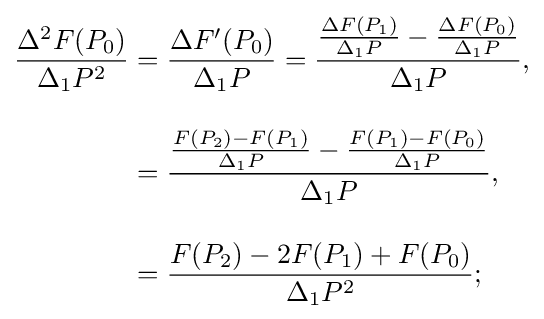
{\begin{aligned}{\frac {\Delta ^{2}F(P_{0})}{\Delta _{1}P^{2}}}&={\frac {\Delta F'(P_{0})}{\Delta _{1}P}}={\frac {{\frac {\Delta F(P_{1})}{\Delta _{1}P}}-{\frac {\Delta F(P_{0})}{\Delta _{1}P}}}{\Delta _{1}P}},\\[10pt]&={\frac {{\frac {F(P_{2})-F(P_{1})}{\Delta _{1}P}}-{\frac {F(P_{1})-F(P_{0})}{\Delta _{1}P}}}{\Delta _{1}P}},\\[10pt]&={\frac {F(P_{2})-2F(P_{1})+F(P_{0})}{\Delta _{1}P^{2}}};\end{aligned}}